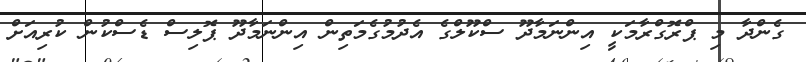
ގެންދާ މި ޕްރޮގްރާމަކީ އިންނަމާދޫ ސްކޫލްގެ އެދުމުގެމަތިން އިންނަމާދޫ ޕޮލިސް ޑެސްކުން ކުރިއަށް